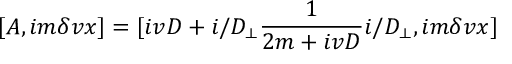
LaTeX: [ A , i m \delta v x ] = [ i v D + i \slash { D } _ { \perp } \frac { 1 } { 2 m + i v D } i \slash { D } _ { \perp } , i m \delta v x ]